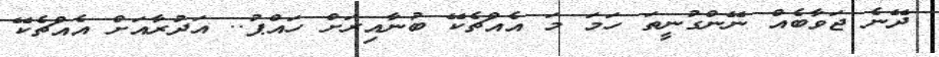
ދޭނެ ޖަވާބެއް ނޭންގުނީތަ ހަމަ މަ އެއްޗެކޭ ބުނާއިރަށް ހައްޕު.. އަދުރާއަށް އެއްޗެކޭ